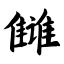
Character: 雠